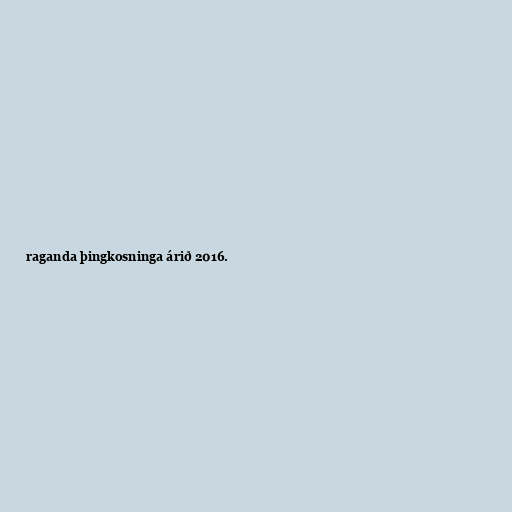
raganda þingkosninga árið 2016.